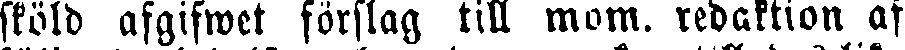
sköld afgifwet förslag till mom. redaktion af